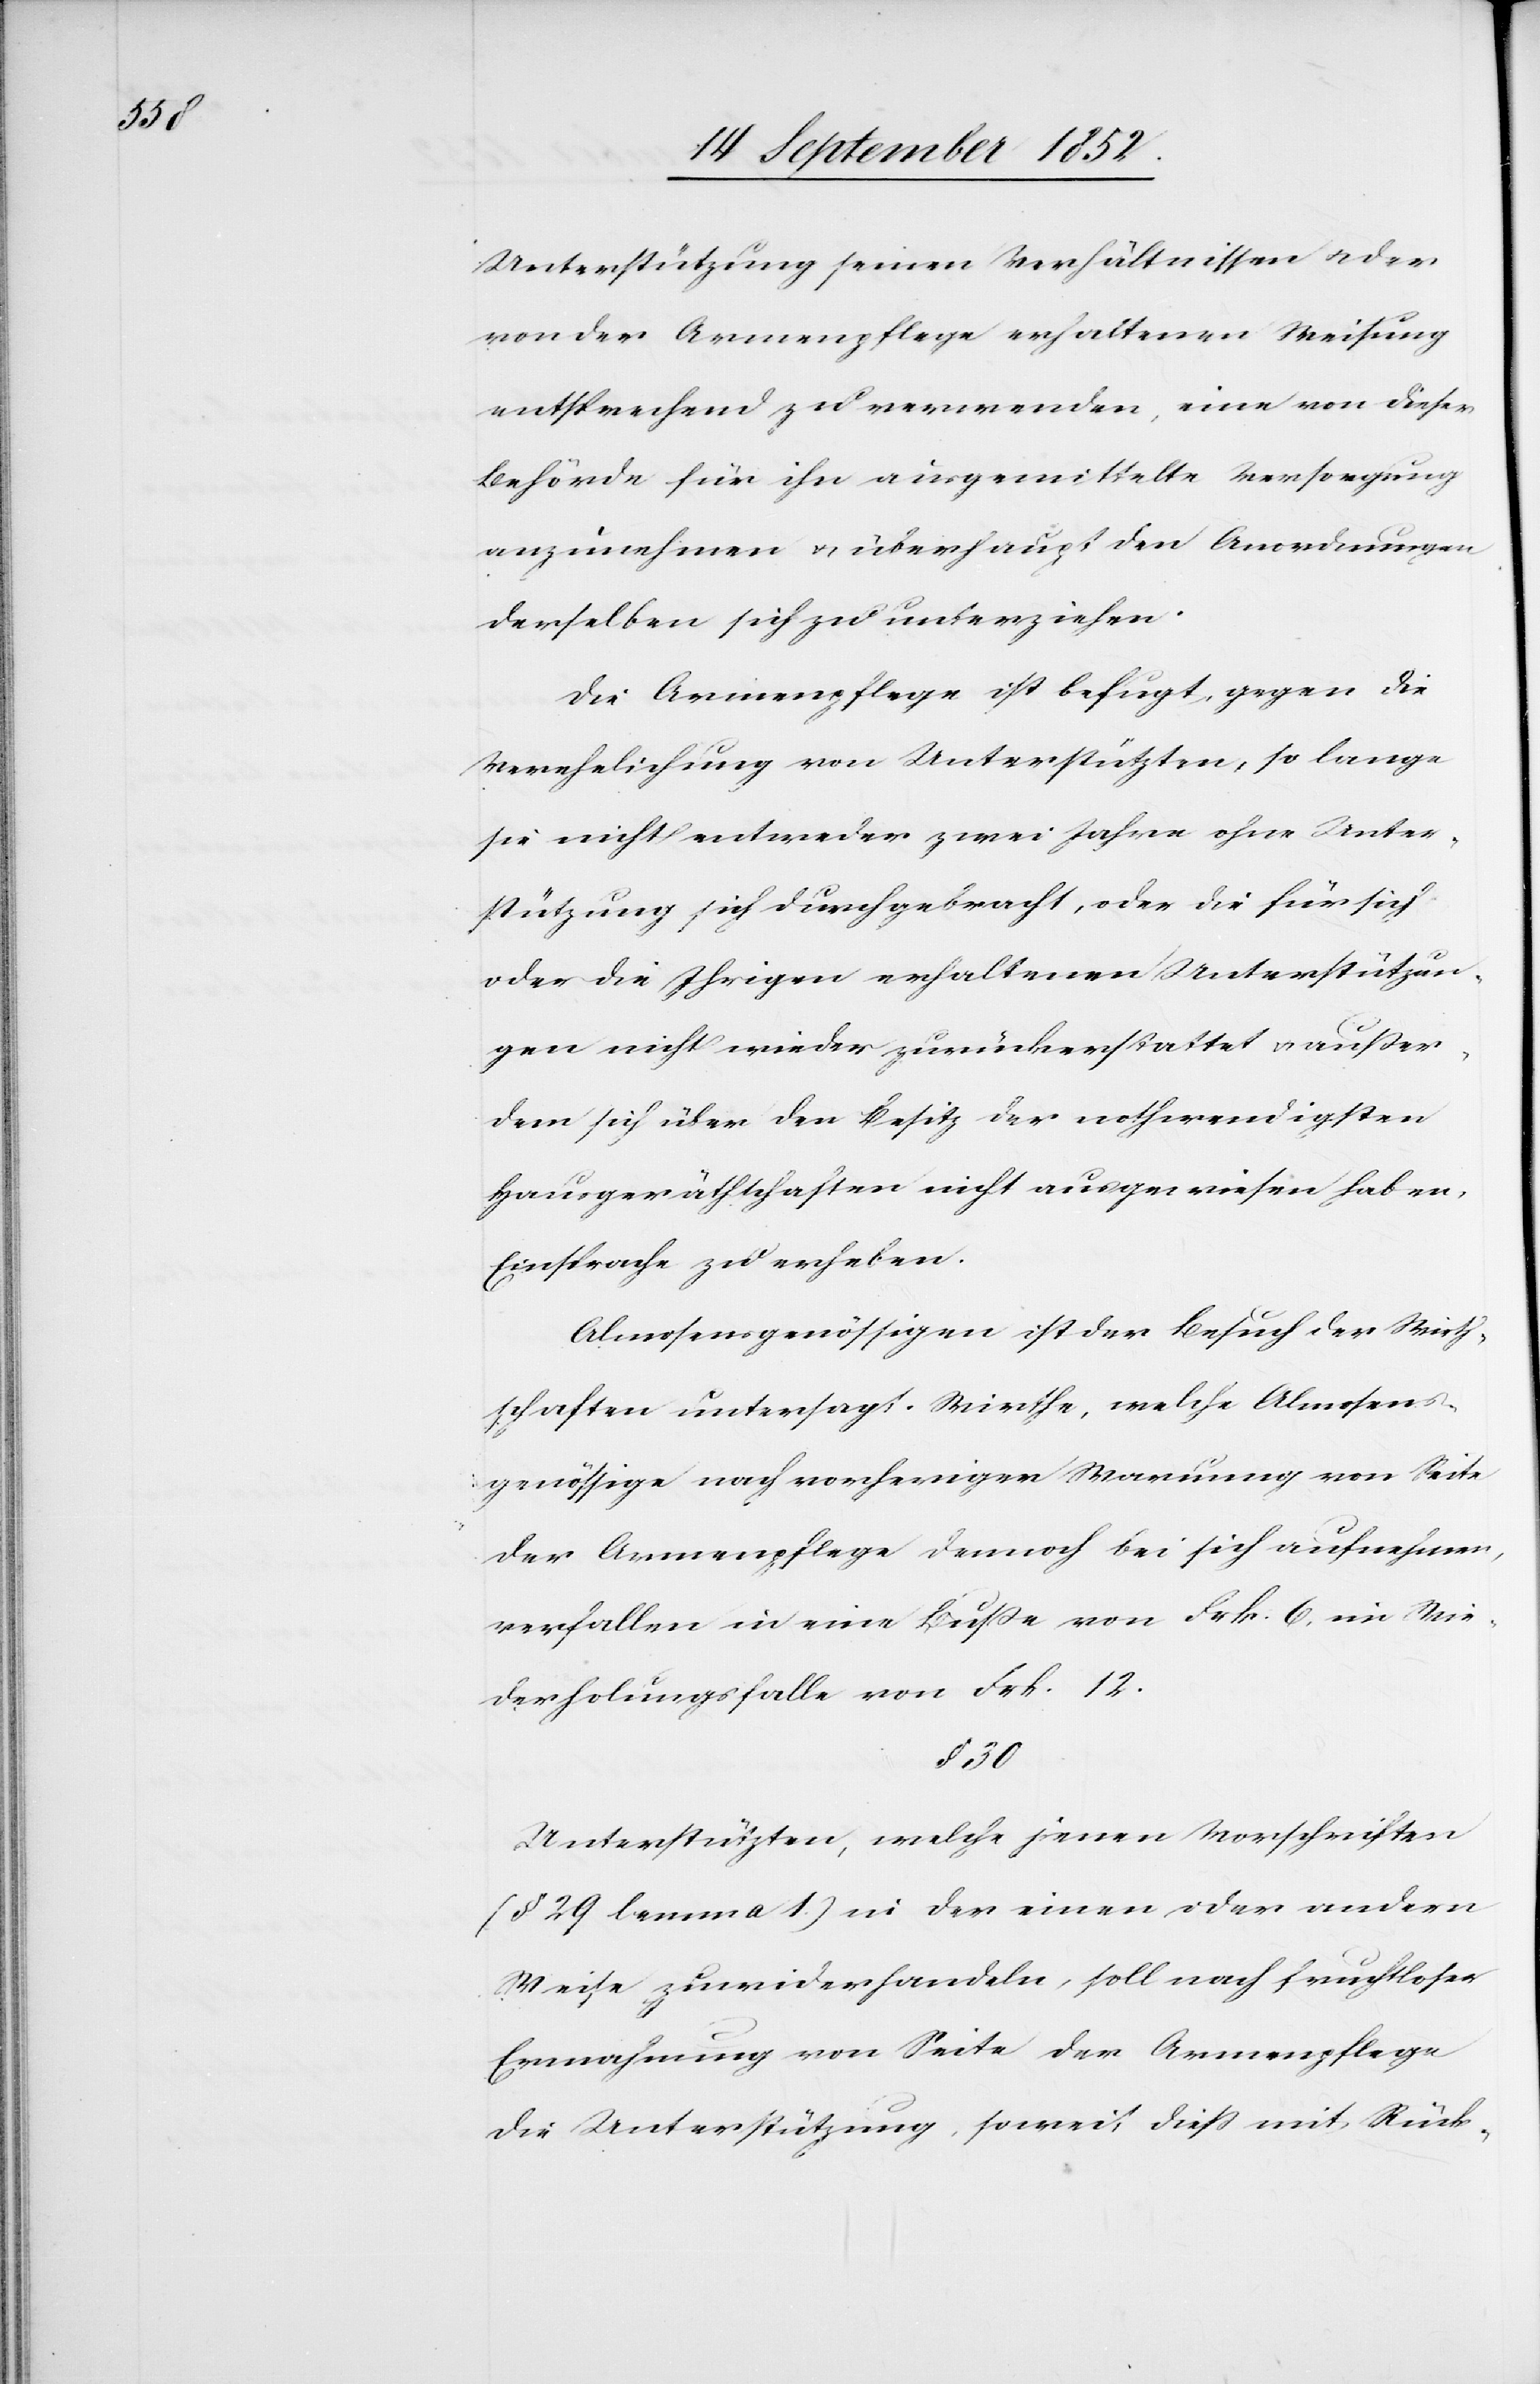
Unterstützung seinen Verhältnissen & der
von der Armenpflege erhaltenen Weisung
entsprechend zu verwenden, eine von dieser
Behörde für ihn ausgemittelte Versorgung
anzunehmen & überhaupt den Anordnungen
derselben sich zu unterziehen.
Die Armenpflege ist befugt, gegen die
Verehelichung von Unterstützten, so lange
sie nicht entweder zwei Jahre ohne Unter¬
stützung sich durchgebracht, oder die für sich
oder die Ihrigen erhaltenen Unterstützun¬
gen nicht wieder zurückerstattet & außer¬
dem sich über den Besitz der nothwendigsten
Hausgeräthschaften nicht ausgewiesen haben,
Einsprache zu erheben.
Almosensgenössigen ist der Besuch der Wirth¬
schaften untersagt. Wirthe, welche Almosen¬
sgenössige nach vorheriger Warnung von Seite
der Armenpflege dennoch bei sich aufnehmen,
verfallen in eine Buße von Frk. 6, im Wie¬
derholungsfalle von Frk. 12.
§ 30
Unterstützten, welche jenen Vorschriften
(§ 29 lemma 1.) in der einen oder andern
Weise zuwiderhandeln, soll nach fruchtloser
Ermahnung von Seite der Armenpflege
die Unterstützung, soweit diess mit Rück-